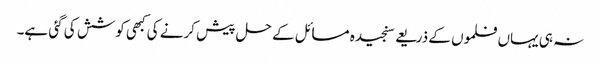
نہ ہی یہاں فلموں کے ذریعے سنجیدہ مسائل کے حل پیش کرنے کی کبھی کوشش کی گئی ہے۔